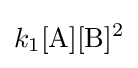
k_{1}[{\ce {A}}][{\ce {B}}]^{2}